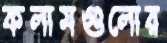
কলামগুলোর